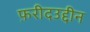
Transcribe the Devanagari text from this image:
फ़रीदउद्दीन